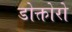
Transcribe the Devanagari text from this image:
डोक्तोरो